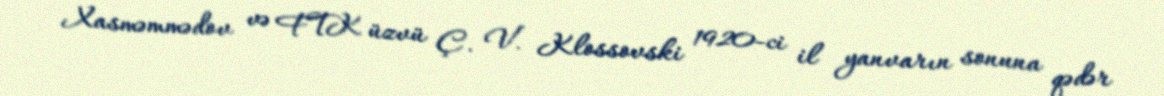
Xasməmmədov və FTK üzvü Ç. V. Klossovski 1920-ci il yanvarın sonuna qədər